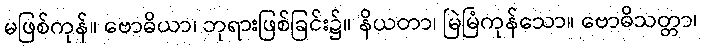
မဖြစ်ကုန်။ ဗောဓိယာ၊ ဘုရားဖြစ်ခြင်း၌။ နိယတာ၊ မြဲမြံကုန်သော။ ဗောဓိသတ္တာ၊